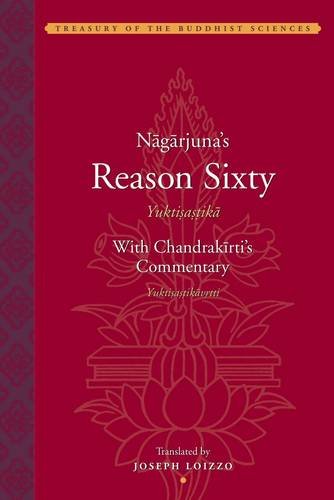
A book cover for Nagarjuna's Reason Sixty (Yuktisastika) with Candrakirti's Commentary (Yuktisastikavrrti) (Treasury of the Buddhist Sciences); Joseph Loizzo; Religion & Spirituality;